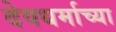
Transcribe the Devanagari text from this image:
देवधर्माच्या